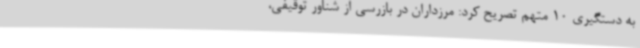
به دستگیری 10 متهم تصریح کرد: مرزداران در بازرسی از شناور توقیفی،